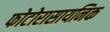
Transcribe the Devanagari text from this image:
फोटोरासायनिक